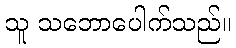
သူ သဘောပေါက်သည်။